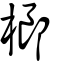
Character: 榔